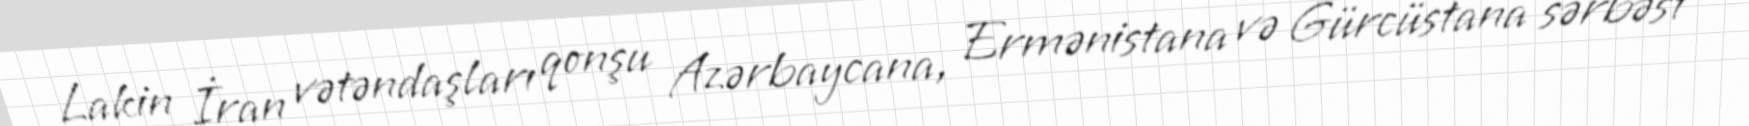
Lakin İran vətəndaşları qonşu Azərbaycana, Ermənistana və Gürcüstana sərbəst